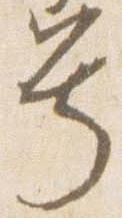
号